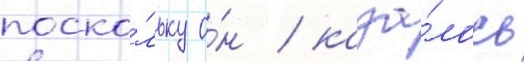
поско́льку о́н / каза́лось